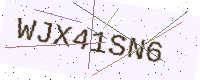
Text: WJX41SN6